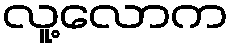
လူ့လောက